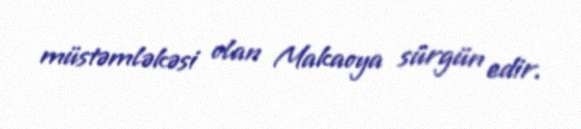
müstəmləkəsi olan Makaoya sürgün edir.